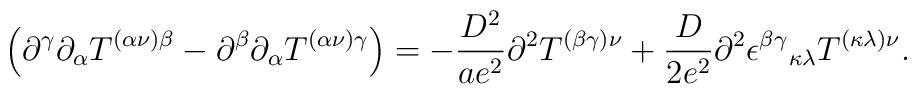
\left( \partial ^{\gamma }\partial _{\alpha }T^{(\alpha \nu )\beta}-\partial ^{\beta }\partial _{\alpha }T^{(\alpha \nu )\gamma}\right) =- \frac{D^{2}}{ae^{2}}\partial^2 T^{(\beta \gamma )\nu}+\frac{D}{2e^{2}}\partial^2 \epsilon^{\beta\gamma}{}_{\kappa\lambda} T^{(\kappa\lambda)\nu }.